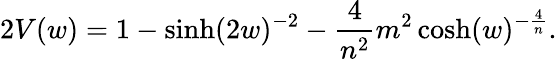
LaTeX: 2V(w)=1-\sinh(2w)^{-2}-\frac{4}{n^{2}}m^{2}\cosh(w)^{-\frac{4}{n}}.